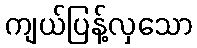
ကျယ်ပြန့်လှသော